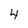
Character: 4